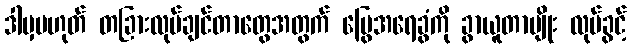
ဒါမှမဟုတ် တခြားလုပ်ချင်တာတွေအတွက် မြွေအရေခွံကို ခွာယူတာမျိုး လုပ်ခွင့်